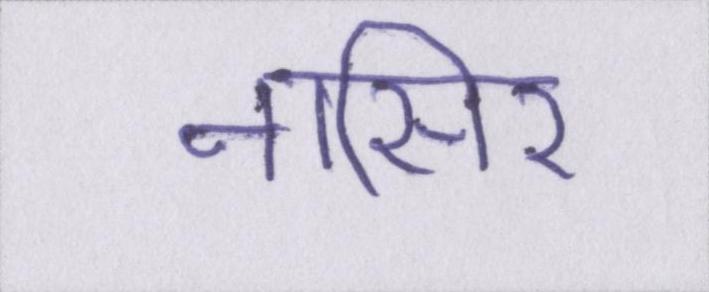
नासिर